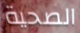
الصحية